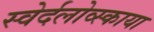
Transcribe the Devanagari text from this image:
स्वेर्दलोव्स्काया